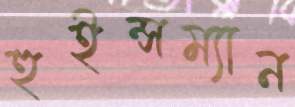
হুইন্সম্যান